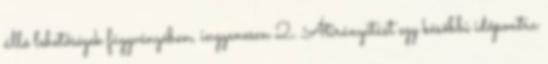
álló lehetőségek függvényében, ingyenesen 2. Átirányítást egy későbbi időpontra